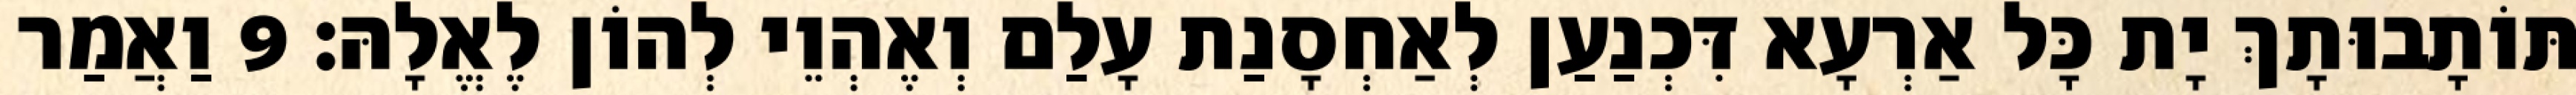
תּוֹתָבוּתָךְ יָת כָּל אַרְעָא דִּכְנַעַן לְאַחְסָנַת עָלַם וְאֶהְוֵי לְהוֹן לֶאֱלָהּ׃ 9 וַאֲמַר